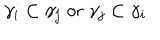
LaTeX: \gamma _ { i } \subset \gamma _ { j } \; \mathrm { o r } \; \gamma _ { j } \subset \gamma _ { i }